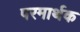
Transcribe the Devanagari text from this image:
परमार्थक